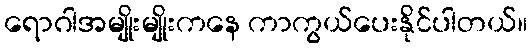
ရောဂါအမျိုးမျိုးကနေ ကာကွယ်ပေးနိုင်ပါတယ်။